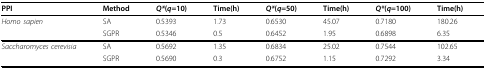
| PPI | Method | Q*(q=10) | Time(h) | Q*(q=50) | Time(h) | Q*(q=100) | Time(h) |
 | --- | --- | --- | --- | --- | --- | --- | --- |
 | Homo sapien | SA | 0.5393 | 1.73 | 0.6530 | 45.07 | 0.7180 | 180.26 |
 |  | SGPR | 0.5346 | 0.5 | 0.6452 | 1.95 | 0.6898 | 6.35 |
 | Saccharomyces cerevisia | SA | 0.5692 | 1.35 | 0.6834 | 25.02 | 0.7544 | 102.65 |
 |  | SGPR | 0.5690 | 0.3 | 0.6752 | 1.15 | 0.7292 | 3.34 |